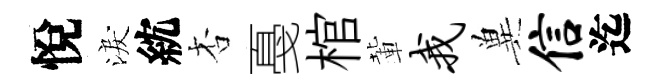
悅淚紞杏戞棺輩我兾信迄